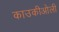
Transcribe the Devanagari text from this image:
काउकीओली